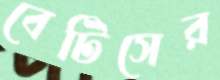
বেটিসের